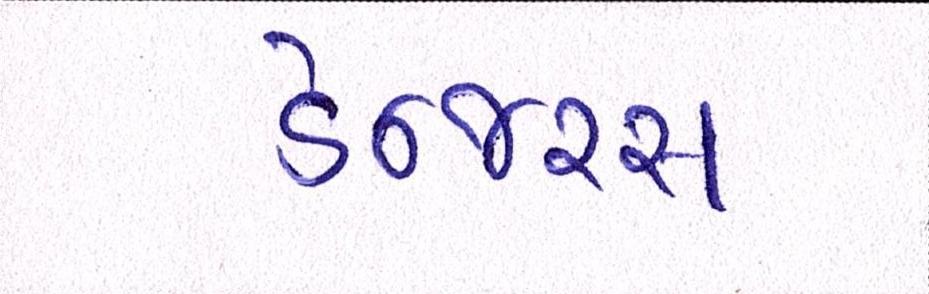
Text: ડેન્જરસ